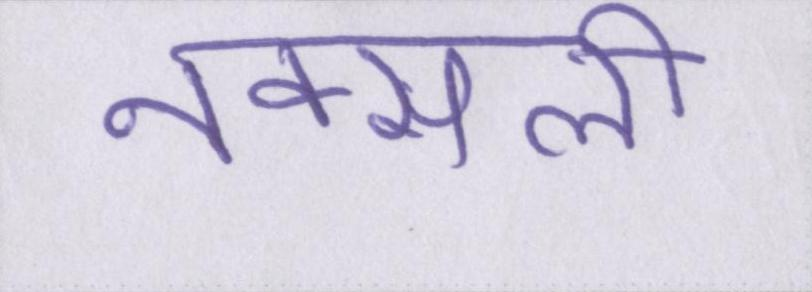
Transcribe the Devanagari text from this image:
नक्सली